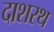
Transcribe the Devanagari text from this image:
दाशरथ